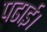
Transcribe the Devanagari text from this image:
पढाई।